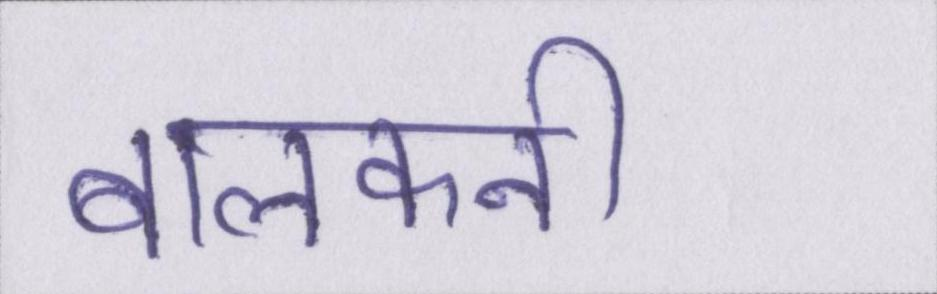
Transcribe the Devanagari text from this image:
बालकनी